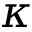
\kappa